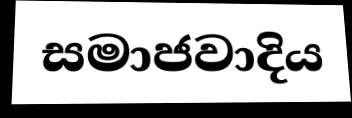
සමාජවාදිය